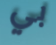
بي